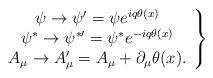
LaTeX: \begin{align*}\left.\begin{array}{c}\psi \rightarrow \psi ^{\prime }=\psi e^{iq\theta (x)} \\\psi ^{\ast }\rightarrow \psi ^{\ast \prime }=\psi ^{\ast }e^{-iq\theta (x)}\\A_{\mu }\rightarrow A_{\mu }^{\prime }=A_{\mu }+\partial _{\mu }\theta (x).\end{array}\right\} \end{align*}